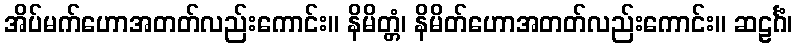
အိပ်မက်ဟောအတတ်လည်းကောင်း။ နိမိတ္တံ၊ နိမိတ်ဟောအတတ်လည်းကောင်း။ ဆဠင်္ဂံ၊